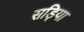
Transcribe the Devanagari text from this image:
सड़िया